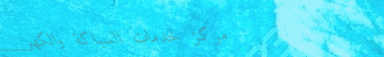
مركز خدمات السباكة والكهر